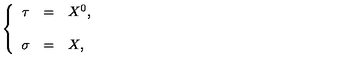
\left\{ \begin{array} { r c l } { \tau } & { = } & { X ^ { 0 } , } \\ { } & { } & { } \\ { \sigma } & { = } & { X , } \\ \end{array} \right.